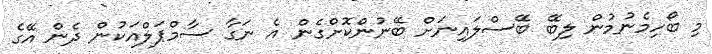
މި ބޯހިމެނުމުން ލިބޭ ބޭސްލައިނަށް ބޭނުންކޮށްގެން އެ ނަގާ ސާމްޕަލްއަކުން ދެން އޭގެ